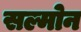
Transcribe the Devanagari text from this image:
सल्मोन